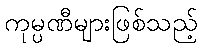
ကုမ္ပဏီများဖြစ်သည့်